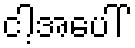
ငါ့အပေါ်